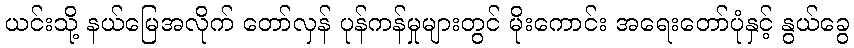
ယင်းသို့ နယ်မြေအလိုက် တော်လှန် ပုန်ကန်မှုများတွင် မိုးကောင်း အရေးတော်ပုံနှင့် နွယ်ခွေ